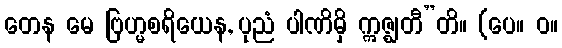
တေန မေ ဗြဟ္မစရိယေန, ပုညံ ပါဏိမှိ ဣဇ္ဈတီ”တိ။ (ပေ။ ဝ။